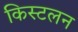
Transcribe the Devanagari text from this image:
किस्टलन